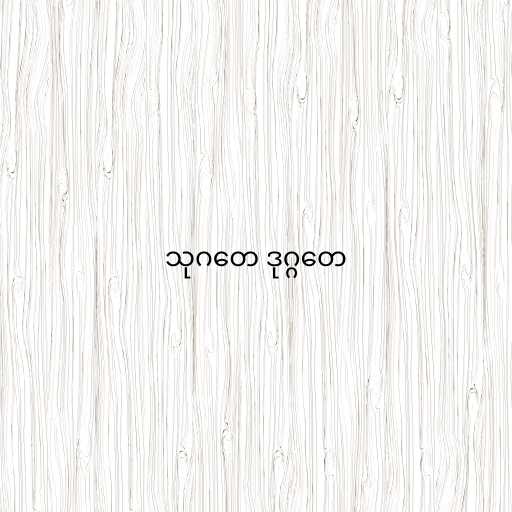
သုဂတေ ဒုဂ္ဂတေ